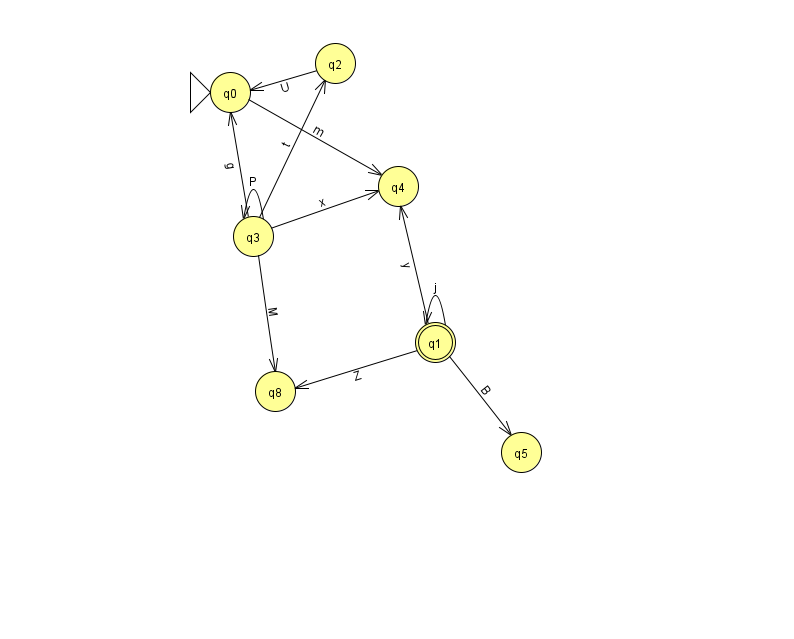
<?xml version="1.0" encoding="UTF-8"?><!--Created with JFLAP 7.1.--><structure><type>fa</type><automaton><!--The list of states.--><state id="0" name="q0"><x>230.0</x><y>79.0</y><initial/></state><state id="1" name="q1"><x>435.0</x><y>329.0</y><final/></state><state id="2" name="q2"><x>335.0</x><y>50.0</y></state><state id="3" name="q3"><x>253.0</x><y>223.0</y></state><state id="4" name="q4"><x>398.0</x><y>173.0</y></state><state id="5" name="q5"><x>521.0</x><y>439.0</y></state><state id="8" name="q8"><x>275.0</x><y>378.0</y></state><!--The list of transitions.--><transition><from>1</from><to>5</to><read>B</read></transition><transition><from>3</from><to>3</to><read>P</read></transition><transition><from>1</from><to>4</to><read>y</read></transition><transition><from>2</from><to>0</to><read>U</read></transition><transition><from>3</from><to>0</to><read>g</read></transition><transition><from>1</from><to>8</to><read>Z</read></transition><transition><from>3</from><to>2</to><read>t</read></transition><transition><from>1</from><to>1</to><read>j</read></transition><transition><from>3</from><to>8</to><read>M</read></transition><transition><from>3</from><to>4</to><read>x</read></transition><transition><from>0</from><to>4</to><read>m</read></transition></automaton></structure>